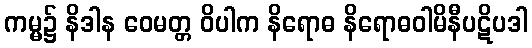
ကမ္မ၌ နိဒါန ဝေမတ္တ ဝိပါက နိရောဓ နိရောဓဝါမိနီပဋိပဒါ